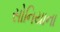
સોનિયાના